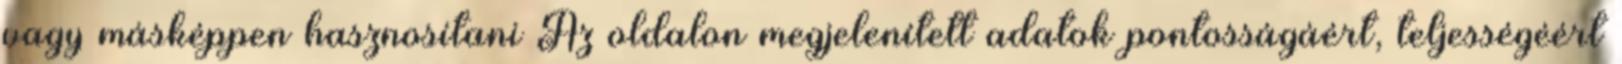
vagy másképpen hasznosítani Az oldalon megjelenített adatok pontosságáért, teljességéért